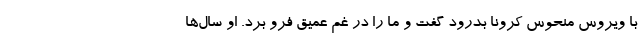
با ویروس منحوس کرونا بدرود گفت و ما را در غم عمیق فرو برد. او سال‌ها